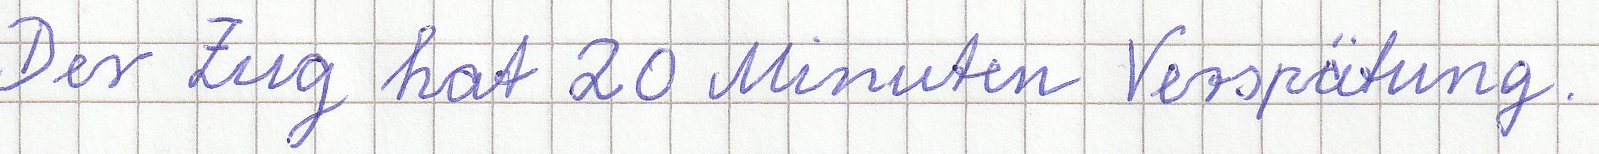
Der Zug hat 20 Minuten Verspätung.